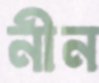
নীন